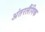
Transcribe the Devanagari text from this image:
अंतरलैंगिक